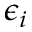
\epsilon _ { i }